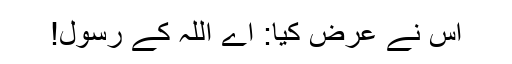
اس نے عرض کیا: اے اللہ کے رسول!